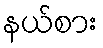
နယ်စား